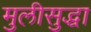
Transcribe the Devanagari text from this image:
मुलीसुद्धा